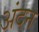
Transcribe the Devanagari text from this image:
अंदन